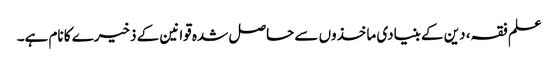
علم فقہ، دین کے بنیادی ماخذوں سے حاصل شدہ قوانین کے ذخیرے کا نام ہے۔